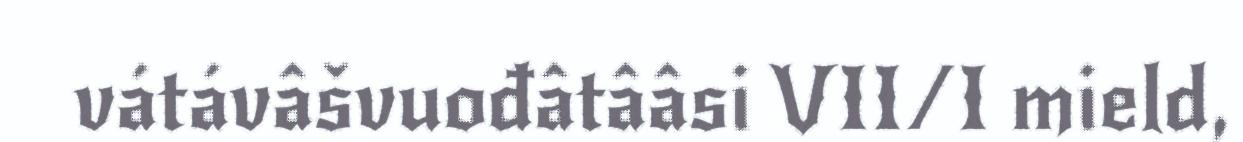
vátávâšvuođâtââsi VII/I mield,